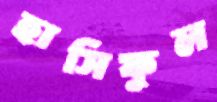
হাসিফুল